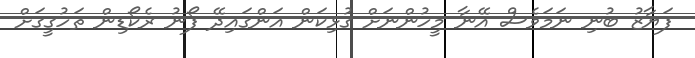
ފަޔާޒު ބުނި ނަމަވެސް އޭނާ މީހުންނަށް ގުޅިކަން އަންގައިދޭ ފޯނު ރެކޯޑިން ތަހުގީގަށް